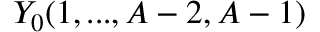
Y _ { 0 } ( 1 , . . . , A - 2 , A - 1 )